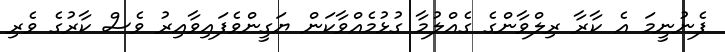
ފެނުނީމަ އެ ކާރާ ރިލްވާންގެ ގެެއްލުމާ ގުޅުމެއްވާކަން ޔަގީންވެފައިވާއިރު ވެސް ކާރުގެ ވެރި